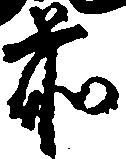
前